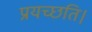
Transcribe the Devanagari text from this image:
प्रयच्छति।